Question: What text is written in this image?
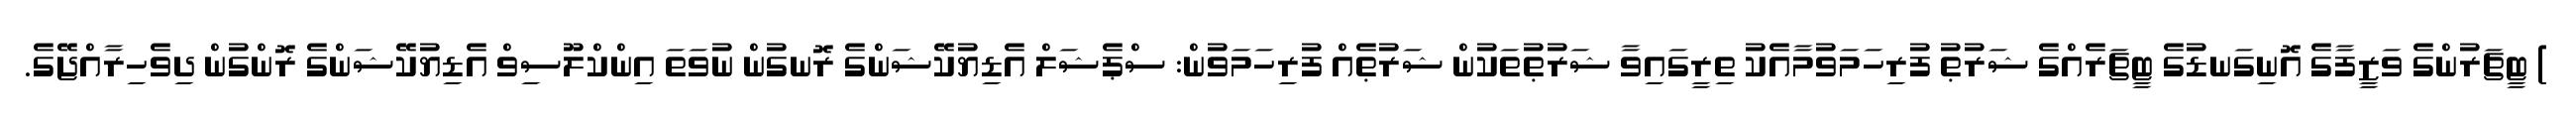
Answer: ) ޓީޗަރުންގެ ވަޒީފާގެ އޮނިގަނޑުގެ ޓީޗަރެއްގެ ޝަރުޠު ފުރިހަމަވުމާއެކު ތިރީގައިވާ ޝަރުޠުތަކުން ޝަރުޠެއް ފުރިހަމަވުން: ސްޕެޝަލް އެޑިޔުކޭޝަންގެ ރޮނގުން ނުވަތަ އިންކްލޫސިވް އެޑިޔުކޭޝަންގެ ރޮންގުން ދިވެހިރާއްޖޭގެ.